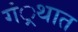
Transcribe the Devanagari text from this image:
गं्रथात